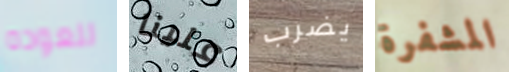
للعوده علينا يضرب المشفرة